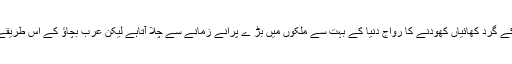
قلعوں اور شہروں کے گرد کھائیاں کھودنے کا رواج دنیا کے بہت سے ملکوں میں بڑ ے پرانے زمانے سے چلا آتاہے لیکن عرب بچاؤ کے اس طریقے سے ناواقف تھے۔